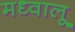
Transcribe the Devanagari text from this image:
मध्वालू